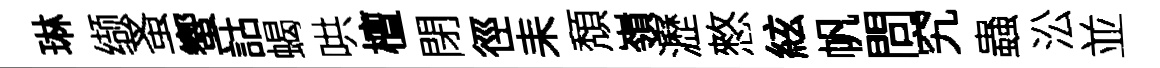
琳缬蚤蠁詁蝎哄檀閉徑耒頽嶺瀝憗絃帆問究蟲㳂並